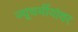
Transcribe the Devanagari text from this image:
ज्यूधर्मीयांवर